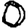
Digit: 0